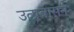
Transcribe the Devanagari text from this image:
उत्प्रवासन